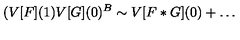
( V [ F ] ( 1 ) V [ G ] ( 0 ) ^ { B } \sim V [ F * G ] ( 0 ) + \dots